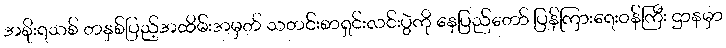
အစိုးရသစ် တနှစ်ပြည့်အထိမ်းအမှတ် သတင်းစာရှင်းလင်းပွဲကို နေပြည်တော် ပြန်ကြားရေးဝန်ကြီး ဌာနမှာ